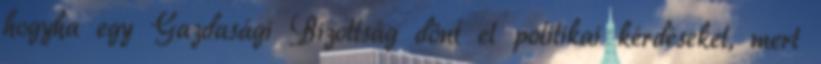
hogyha egy Gazdasági Bizottság dönt el politikai kérdéseket, mert